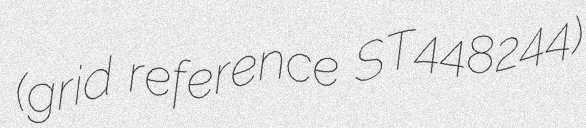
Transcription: (grid reference ST448244)